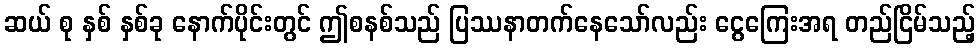
ဆယ် စု နှစ် နှစ်ခု နောက်ပိုင်းတွင် ဤစနစ်သည် ပြဿနာတက်နေသော်လည်း ငွေကြေးအရ တည်ငြိမ်သည့်